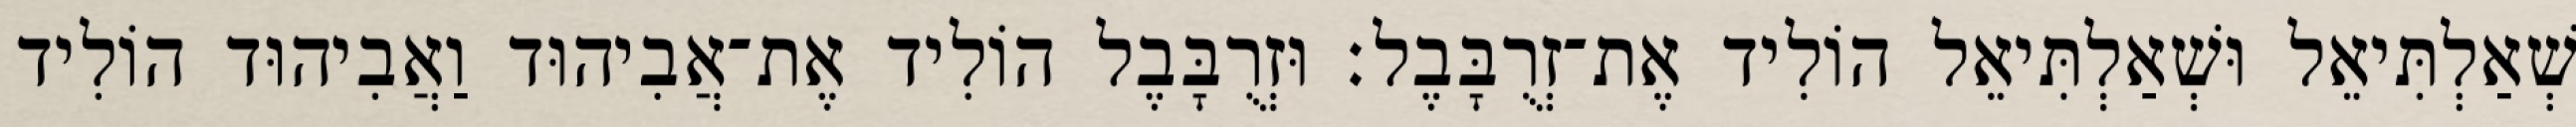
שְׁאַלְתִּיאֵל וּשְׁאַלְתִּיאֵל הוֹלִיד אֶת־זְרֻבָּבֶל׃ וּזְרֻבָּבֶל הוֹלִיד אֶת־אֲבִיהוּד וַאֲבִיהוּד הוֹלִיד